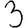
Digit: 3